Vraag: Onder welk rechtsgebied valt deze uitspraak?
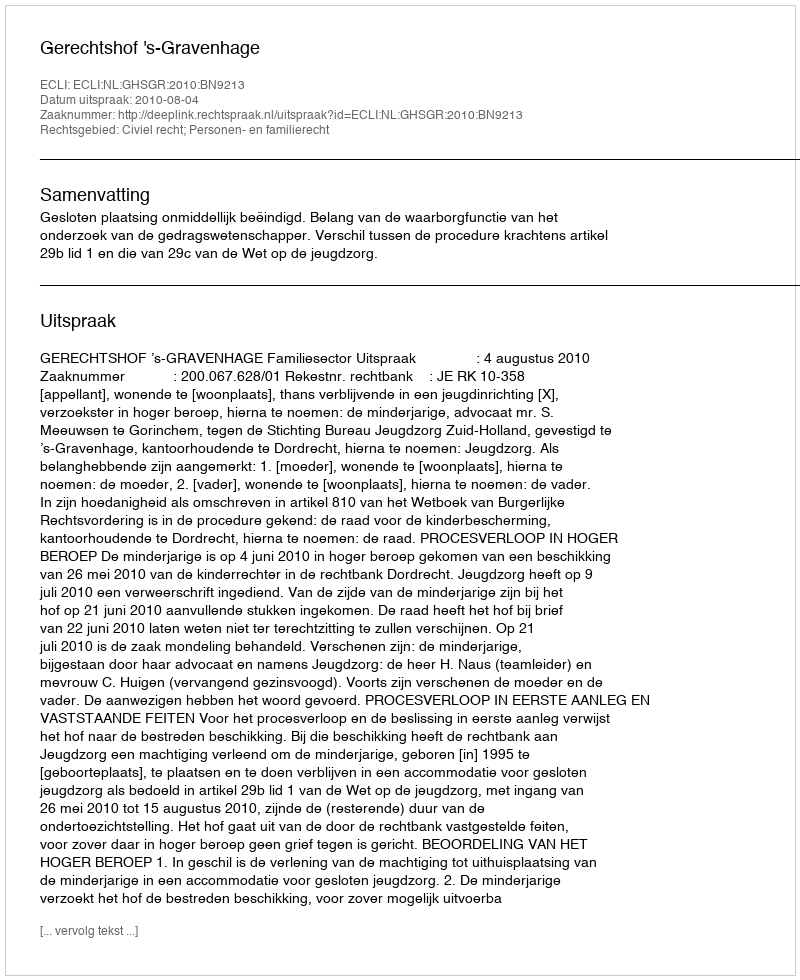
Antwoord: Civiel recht; Personen- en familierecht